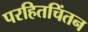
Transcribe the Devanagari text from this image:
परहितचिंतन